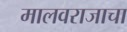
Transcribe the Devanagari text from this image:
मालवराजाचा